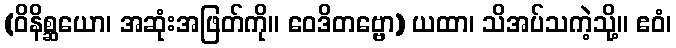
(ဝိနိစ္ဆယော၊ အဆုံးအဖြတ်ကို။ ဝေဒိတဗ္ဗော) ယထာ၊ သိအပ်သကဲ့သို့။ ဧဝံ၊